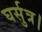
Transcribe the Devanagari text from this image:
घर्सुत्र।